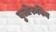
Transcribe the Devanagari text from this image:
बुलीरुबिन